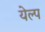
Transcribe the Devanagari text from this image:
येल्प